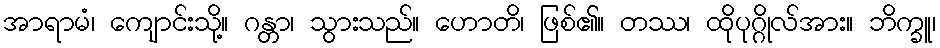
အာရာမံ၊ ကျောင်းသို့။ ဂန္တာ၊ သွားသည်။ ဟောတိ၊ ဖြစ်၏။ တဿ၊ ထိုပုဂ္ဂိုလ်အား။ ဘိက္ခူ၊